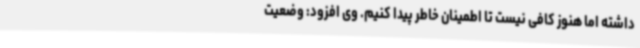
داشته اما هنوز کافی نیست تا اطمینان خاطر پیدا کنیم. وی افزود: وضعیت